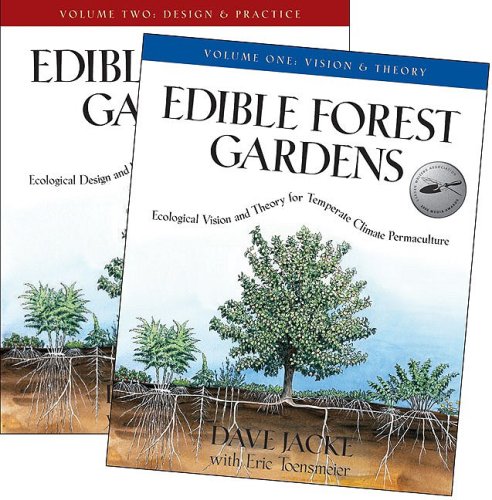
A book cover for Edible Forest Gardens (2 volume set); Dave Jacke; Crafts, Hobbies & Home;